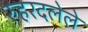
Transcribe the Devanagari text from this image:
रुहरदलेले